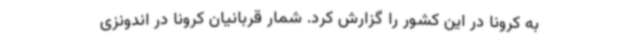
به کرونا در این کشور را گزارش کرد. شمار قربانیان کرونا در اندونزی